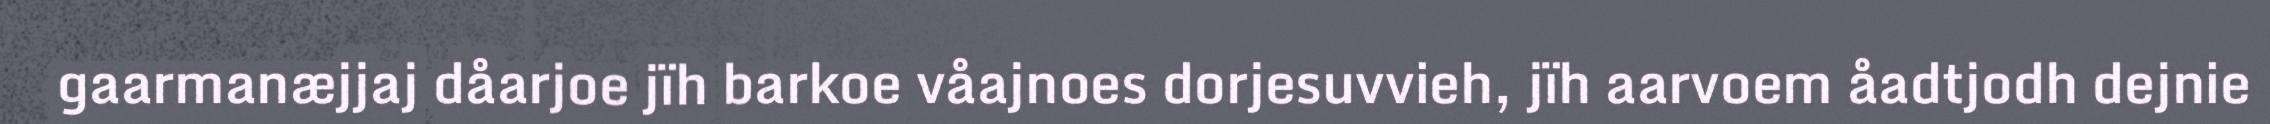
gaarmanæjjaj dåarjoe jïh barkoe våajnoes dorjesuvvieh, jïh aarvoem åadtjodh dejnie